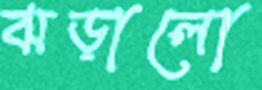
ঝড়ালো